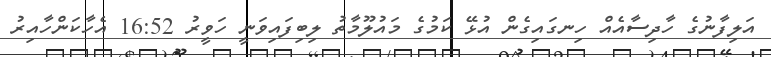
އަލިފާނުގެ ހާދިސާއެއް ހިނގައިގެން އުޅޭ ކަމުގެ މައުލޫމާތު ލިބިފައިވަނީ ހަވީރު 16:52 އެހާކަންހާއިރު